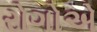
રોગોએ